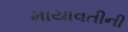
માયાવતીની